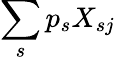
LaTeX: \sum_{s}p_{s}X_{sj}